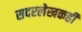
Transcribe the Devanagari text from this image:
सदरलेखकही